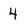
Character: 4